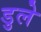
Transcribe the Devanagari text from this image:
डुले